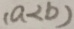
( a < b )